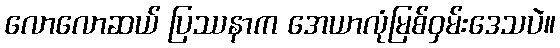
လောလောဆယ် ပြဿနာက အေယာလုံမြစ်ဝှမ်းဒေသပဲ။